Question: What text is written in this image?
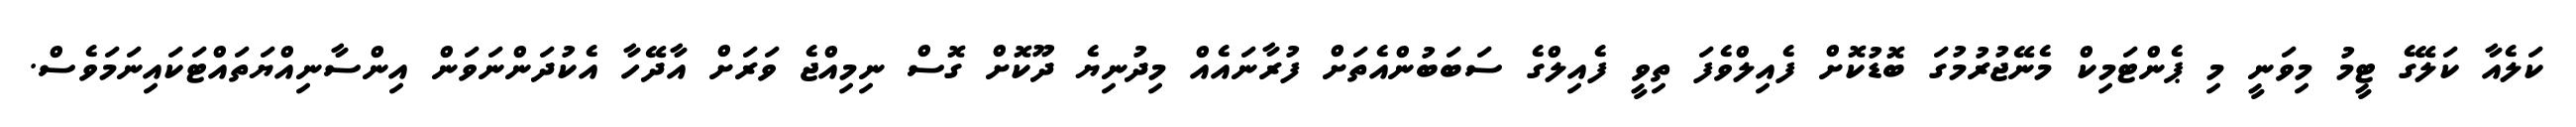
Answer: ކަލެއާ ކަލޭގެ ޓީމު މިވަނީ މި ޕެންޓަމިކް މެނޭޖުރުމުގަ ބޮޑުކޮށް ފެއިލްވެފަ ތިވީ ފެއިލްގެ ސަބަބުންއެތަށް ފުރާނައެއް މިދުނިޔެ ދޫކޮށް ގޮސް ނިމިއްޖެ ވަރަށް އާދޭހާ އެކުދަންނަވަން އިންސާނިއްޔަތައްޓަކައިނަމަވެސް.